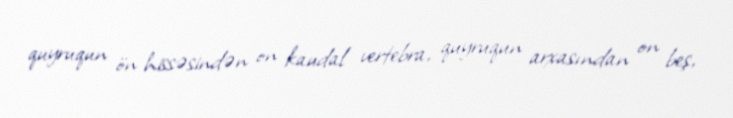
quyruqun ön hissəsindən on kaudal vertebra, quyruqun arxasından on beş,